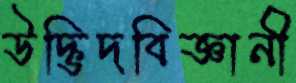
উদ্ভিদবিজ্ঞানী